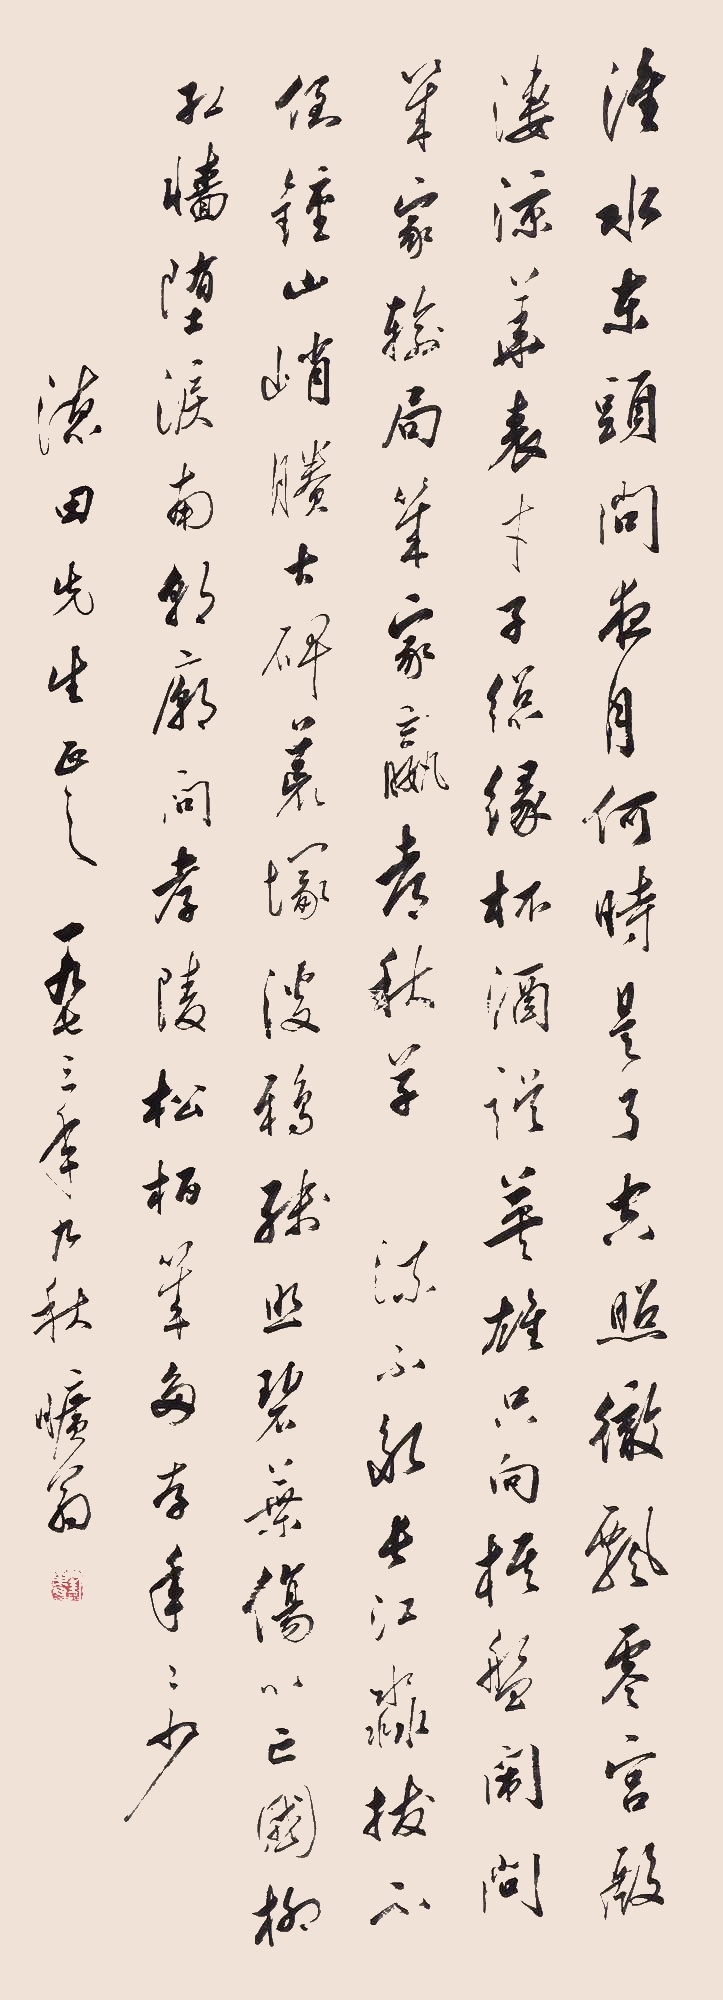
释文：淮水东头，问夜月何时是了。空照彻飘零宫殿，凄凉华表。才子总缘杯酒误，英雄只向棋盘闹。问几家输局几家赢，都秋草。流不断，长江淼。拔不倒，钟山峭。剩古碑荒冢，淡鸦残照。碧叶伤心亡国柳，红墙堕泪南朝庙。问孝陵松柏几多存？年年少。德田先生正之，一九七三年九秋，旷翁。